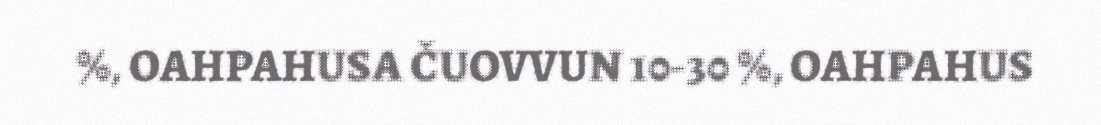
%, OAHPAHUSA ČUOVVUN 10-30 %, OAHPAHUS